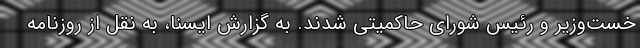
خست‌وزیر و رئیس شورای حاکمیتی شدند. به گزارش ایسنا، به نقل از روزنامه